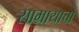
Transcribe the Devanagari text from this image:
साम्रायाचा